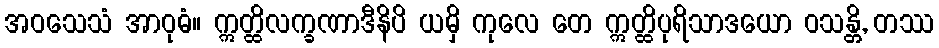
အဝသေသံ အာဝုဓံ။ ဣတ္ထိလက္ခဏာဒီနိပိ ယမှိ ကုလေ တေ ဣတ္ထိပုရိသာဒယော ဝသန္တိ, တဿ